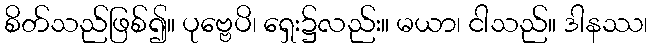
စိတ်သည်ဖြစ်၍။ ပုဗ္ဗေပိ၊ ရှေး၌လည်း။ မယာ၊ ငါသည်။ ဒါနဿ၊